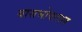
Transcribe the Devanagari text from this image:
यासभोवताल